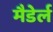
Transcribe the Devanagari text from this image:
मैडेर्ल